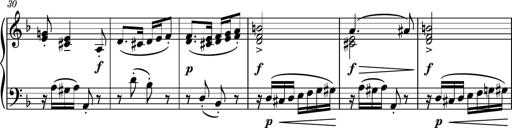
Title: Piano Sonatina II
Composer: Dimitri Sykias
Key: F major